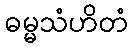
ဓမ္မသံဟိတံ